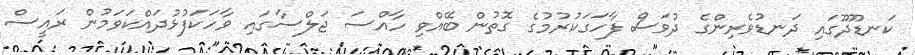
ކަނޑޫދޫގައި ދަނޑުވެރިންގެ ދުވަސް ފާހަގަކުރުމުގެ ގޮތުން ބޭއްވި ހާއްސަ ޖަލްސާގައި ވާހަކަފުޅުދައްކަވަމުން ރައީސް